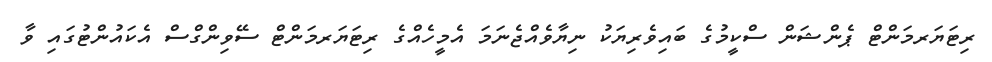
ރިޓަޔަރމަންޓް ޕެންޝަން ސްކީމުގެ ބައިވެރިޔަކު ނިޔާވެއްޖެނަމަ އެމީހެއްގެ ރިޓަޔަރމަންޓް ސޭވިންގްސް އެކައުންޓުގައި ވާ